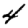
Digit: 4